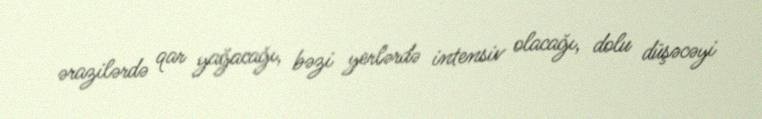
ərazilərdə qar yağacağı, bəzi yerlərdə intensiv olacağı, dolu düşəcəyi